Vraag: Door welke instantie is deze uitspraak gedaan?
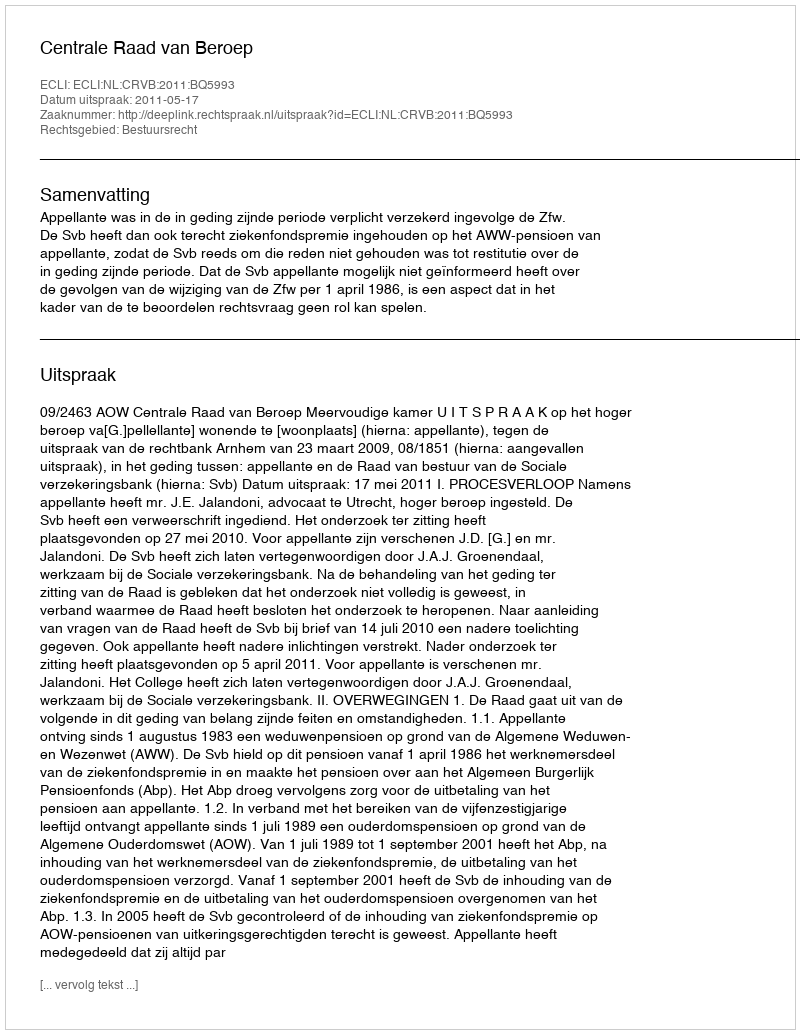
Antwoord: Centrale Raad van Beroep